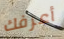
أعرفك